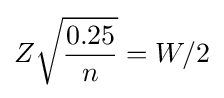
Z{\sqrt {\frac {0.25}{n}}}=W/2